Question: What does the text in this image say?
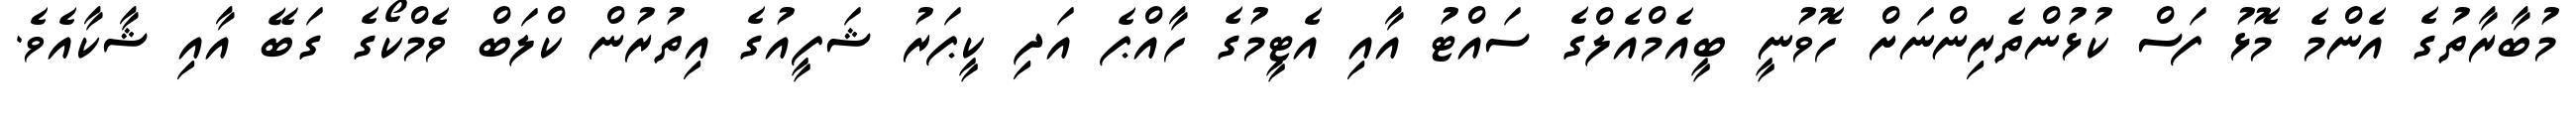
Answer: މުބާރާތުގެ އެންމެ މޮޅު ފަސް ކުޅުންތެރިންނަށް ހޮވުނީ ބީއެމްއެލްގެ ސައްޓު އާއި އެޓީމުގެ ހާއްޕެ އަދި ކީޕަރު ޝަފީއުގެ އިތުރުން ކްލަބް ވެމްކޯގެ ގަބޭ އާއި ޝާކާއެވެ.